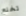
تخلع